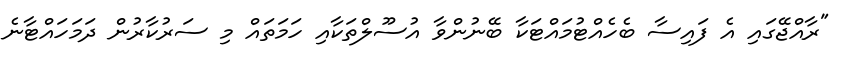
"ރާއްޖޭގައި އެ ފައިސާ ބެހެއްޓުމައްޓަކާ ބޭނުންވާ އުސޫލްތަކާއި ހަމަތައް މި ސަރުކާރުން ދަމަހައްޓާނެ